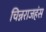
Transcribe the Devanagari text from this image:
चिन्नराजहंस